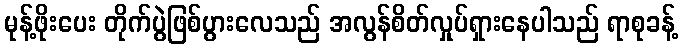
မုန့်ဖိုးပေး တိုက်ပွဲဖြစ်ပွားလေသည် အလွန်စိတ်လှုပ်ရှားနေပါသည် ရာစုခန့်